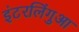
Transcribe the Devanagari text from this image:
इंटरलिंगुआ